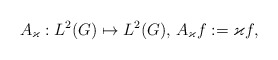
\begin{align*} A_{\varkappa}:L^2(G)\mapsto L^2(G),\, A_{\varkappa}f:=\varkappa f,\end{align*}